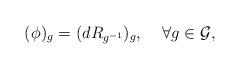
LaTeX: \begin{align*} (\phi_{})_g = (dR_{g^{-1}})_g,\;\;\;\; \forall g\in \mathcal{G}, \end{align*}